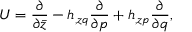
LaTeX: { \cal U } = { \frac { \partial } { \partial \bar { z } } } - h _ { , z q } { \frac { \partial } { \partial p } } + h _ { , z p } { \frac { \partial } { \partial q } } ,